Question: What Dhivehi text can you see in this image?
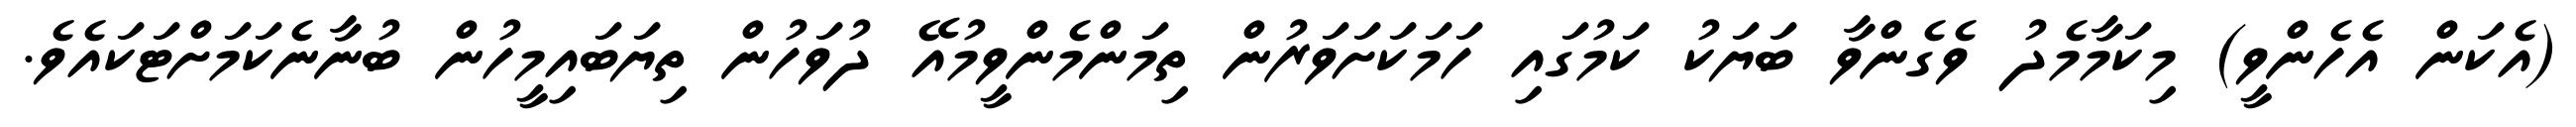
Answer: (އެކަން އެހެންވީ) މިކަމާމެދު ވެގެންވާ ބަޔަކު ކަމުގައި ހަމަކަށަވަރުން ތިމަންމެންވީމުއޭ ދުވަހުން ތިޔަބައިމީހުން ބުނާނެކަމަށްޓަކައެވެ.